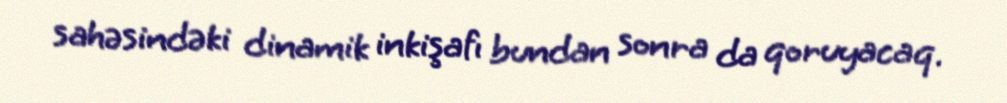
sahəsindəki dinamik inkişafı bundan sonra da qoruyacaq.